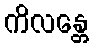
ကိလန္တေ